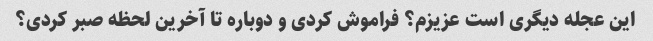
این عجله دیگری است عزیزم؟ فراموش کردی و دوباره تا آخرین لحظه صبر کردی؟